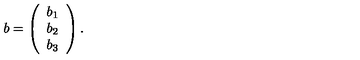
b = \left( \begin{array} { c } { b _ { 1 } } \\ { b _ { 2 } } \\ { b _ { 3 } } \\ \end{array} \right) .